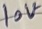
Text: 10V